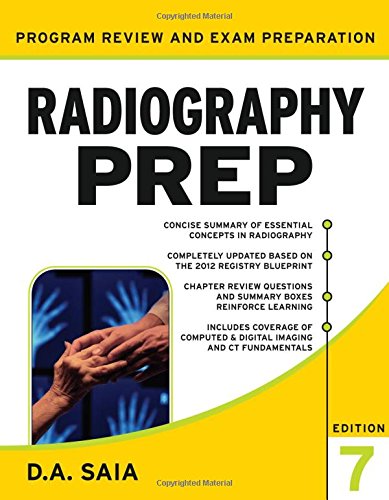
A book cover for Radiography PREP Program Review and Exam Preparation, Seventh Edition; D.A. Saia; Medical Books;